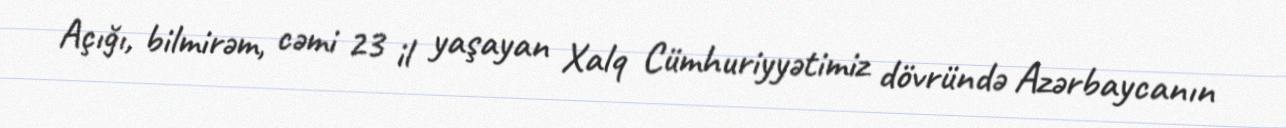
Açığı, bilmirəm, cəmi 23 il yaşayan Xalq Cümhuriyyətimiz dövründə Azərbaycanın